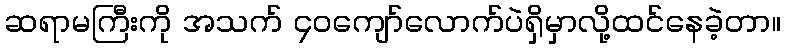
ဆရာမကြီးကို အသက် ၄၀ကျော်လောက်ပဲရှိမှာလို့ထင်နေခဲ့တာ။